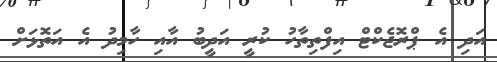
އަދި އެ ޕްރޮޖެކްޓް އިފްތިތާހު ކުރީ އަދީބު އާއި ހާމިދު އެ އަތޮޅަށް